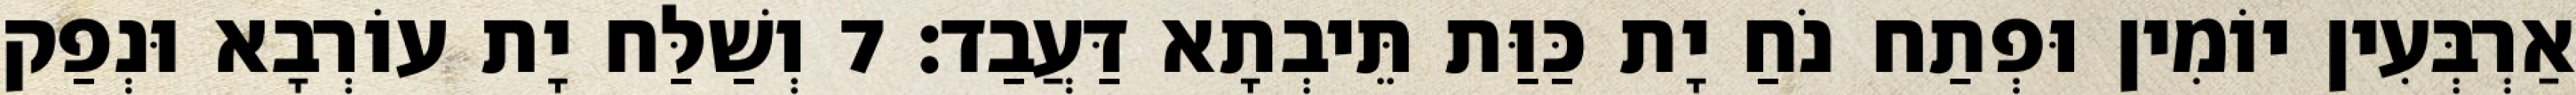
אַרְבְּעִין יוֹמִין וּפְתַח נֹחַ יָת כַּוַּת תֵּיבְתָא דַּעֲבַד׃ 7 וְשַׁלַּח יָת עוֹרְבָא וּנְפַק